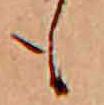
も